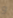
و